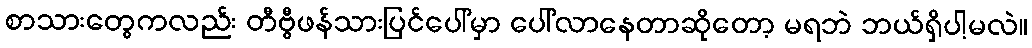
စာသားတွေကလည်း တီဗွီဖန်သားပြင်ပေါ်မှာ ပေါ်လာနေတာဆိုတော့ မရဘဲ ဘယ်ရှိပါ့မလဲ။